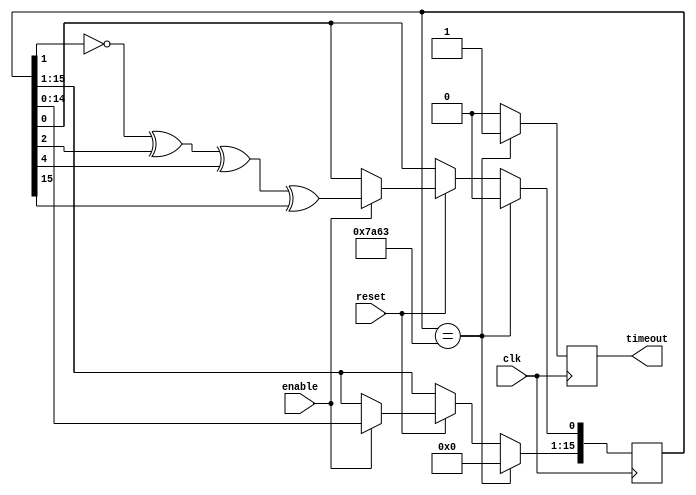
module OneMilliSecLFSR(clk, reset, enable, timeout);
  input clk, reset, enable;
  output reg timeout;

  reg [15:0] LFSR = 16'b0000000000000000;

  always @(posedge clk) begin
    if(reset == 1'b0) begin
	timeout <= 1'b0;
    end
    else begin
        timeout <= 1'b0;
	if(enable == 1'b1) begin
            LFSR[0] <= ~LFSR[1] ^ LFSR[2] ^ LFSR[4] ^ LFSR[15];
            LFSR[15:1] <= LFSR[14:0];
        end
     end
    if(LFSR == 16'b0111101001100011) begin//long:16'b0111101001100011 short:16'b0000110110010011
	timeout <= 1'b1;
        LFSR <= 16'b0000000000000000;
    end
    end
endmodule